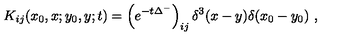
K _ { i j } ( x _ { 0 } , x ; y _ { 0 } , y ; t ) = \left( e ^ { - t \Delta ^ { - } } \right) _ { i j } \delta ^ { 3 } ( x - y ) \delta ( x _ { 0 } - y _ { 0 } ) \ ,